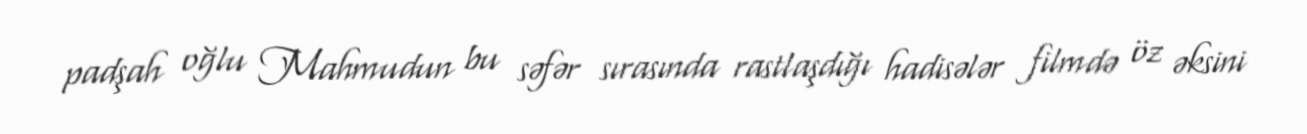
padşah oğlu Mahmudun bu səfər sırasında rastlaşdığı hadisələr filmdə öz əksini